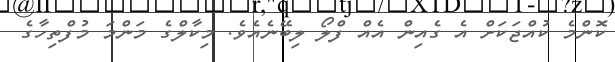
ކޮންމެ ކުއްޖަކަށް އެ ގެއިން އެއް ފްލޯ ލިބޭނެއެވެ. މިކާލްގެ މަންމަ މުފްތިހާގެ